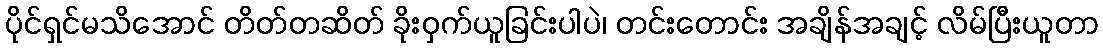
ပိုင်ရှင်မသိအောင် တိတ်တဆိတ် ခိုးဝှက်ယူခြင်းပါပဲ၊ တင်းတောင်း အချိန်အချင့် လိမ်ပြီးယူတာ